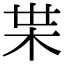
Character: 𭩠